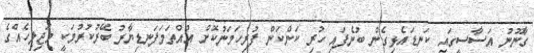
ގާނޫނު އަސާސީގައި ކަނޑައެޅިގެން ބުނެފައި ހުރި ކަންކަން ފުރިހަމަނުކޮށް އުއްތަމަފަނޑިޔާރު ބޭރުކުރުމަކީ މަޖިލިހެއްގެ